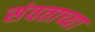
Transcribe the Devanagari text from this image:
संवताच्या